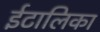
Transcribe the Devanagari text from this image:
ईटालिका